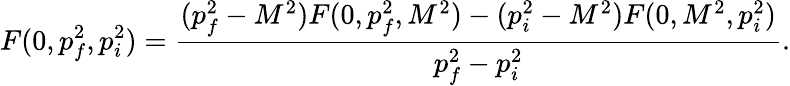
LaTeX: F(0,p_{f}^{2},p_{i}^{2})=\frac{(p_{f}^{2}-M^{2})F(0,p_{f}^{2},M^{2})-(p_{i}^{2}-M^{2})F(0,M^{2},p_{i}^{2})}{p_{f}^{2}-p_{i}^{2}}.